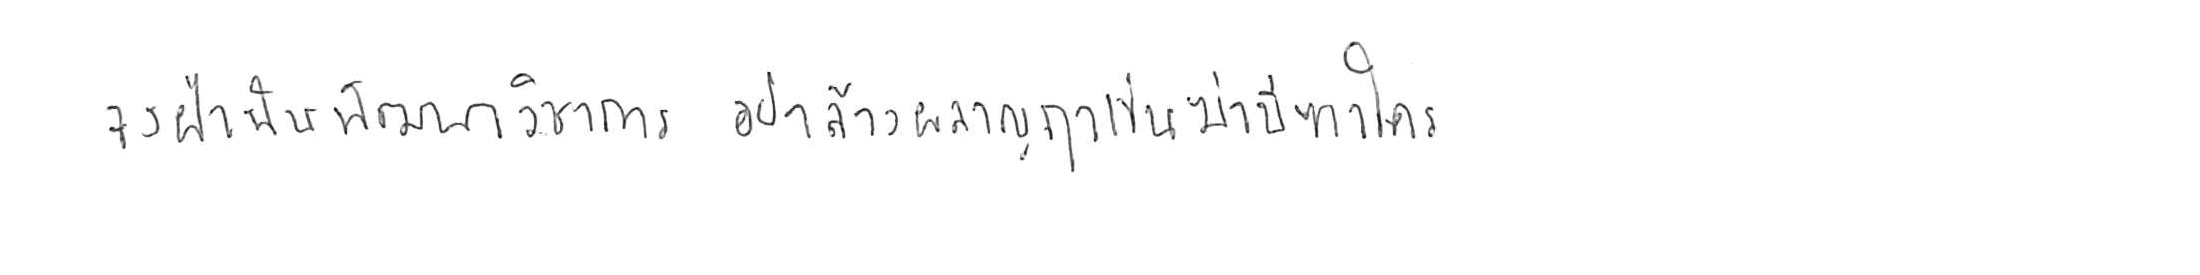
จงฝ่าฟันพัฒนาวิชาการ อย่าล้างผลาญฤๅเข่นฆ่าบีฑาใคร